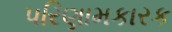
પરિણામકારક